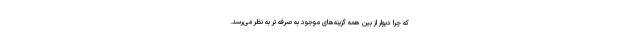
که چرا دیوار از بین همه گزینه‌های موجود به صرفه تر به نظر می‌رسد.